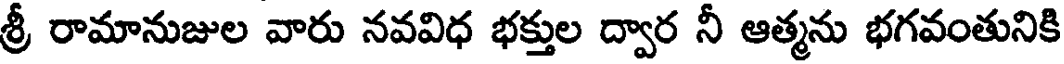
శ్రీ రామానుజుల వారు నవవిధ భక్తుల ద్వార నీ ఆత్మను భగవంతునికి